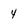
Character: 4